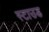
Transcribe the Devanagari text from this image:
स्टाउड